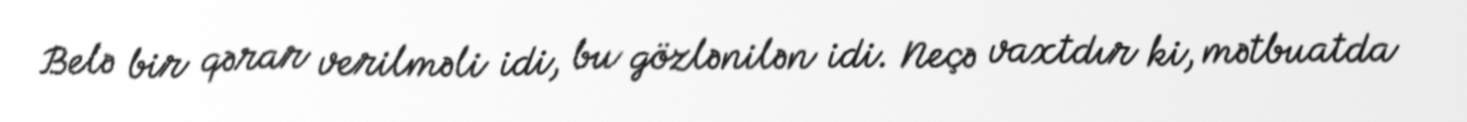
Belə bir qərar verilməli idi, bu gözlənilən idi. Neçə vaxtdır ki, mətbuatda